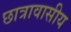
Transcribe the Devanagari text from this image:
छात्रावासीय